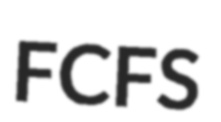
FCFS